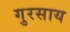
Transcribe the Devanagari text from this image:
गुरसाय